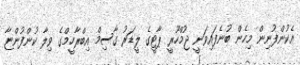
އެކުންފުނިން މިހެން ބުނެފައިވަނީ ޖުމްހޫރީ ޕާޓީގެ ލީޑަރު ގާސިމް އިބްރާހީމްގެ ވިލާ ކުންފުންޏާ